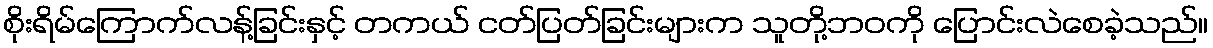
စိုးရိမ်ကြောက်လန့်ခြင်းနှင့် တကယ် ငတ်ပြတ်ခြင်းများက သူတို့ဘဝကို ပြောင်းလဲစေခဲ့သည်။